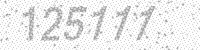
Solution: 125111